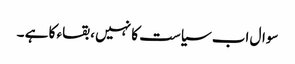
سوال اب سیاست کا نہیں ، بقاء کا ہے ۔